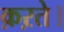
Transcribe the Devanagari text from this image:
क़ऱते।